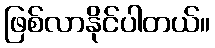
ဖြစ်လာနိုင်ပါတယ်။